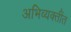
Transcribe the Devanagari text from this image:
अभिव्यक्तींत